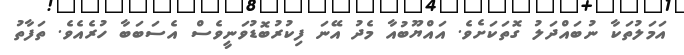
އަމަލުތަކާ ނުބައްދަލު ގޮތަކަށެވެ. އައްޔޫބުއާ މެދު އޭނަ ފިކުރުބޮޑުވަނީވެސް އެސަބަބާ ހުރެއެވެ. ތަފާތު